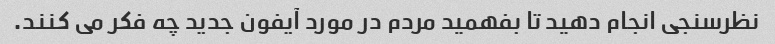
نظرسنجی انجام دهید تا بفهمید مردم در مورد آیفون جدید چه فکر می کنند.